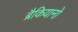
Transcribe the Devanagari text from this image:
ब्रैकियानो